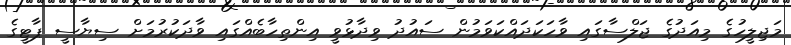
މަޖިލީހުގެ މިއަދުގެ ޖަލްސާގައި ވާހަކަދައްކަވަމުން ސައުދު ވިދާޅުވީ އިންތިހާބެއްގައި ވާދަކުރުމަށް ސިޔާސީ ޕާޓީގެ